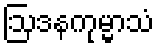
ဩဒနကုမ္မာသံ